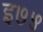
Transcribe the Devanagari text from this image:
इ७५